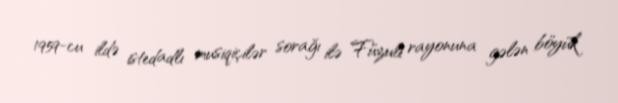
1959-cu ildə istedadlı musiqiçilər sorağı ilə Füzuli rayonuna gələn böyük